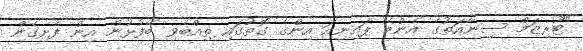
"ޓޫރިޒަމް ސިނާއަތުގެ އެންމެ ޕައިނިއަ އިންގެ ގޮތުގައި ތިއްބެވި ބޭފުޅުން އިން ފެށިގެން